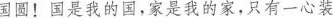
国圆!国是我的国，家是我的家，只有一心装